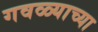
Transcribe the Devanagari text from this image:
गवळ्याच्या